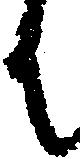
ん